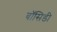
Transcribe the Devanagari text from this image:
बॉसिडी